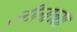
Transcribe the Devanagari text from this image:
लीलाच्या